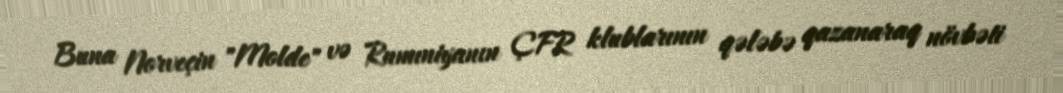
Buna Norveçin "Molde" və Rumıniyanın ÇFR klublarının qələbə qazanaraq növbəti